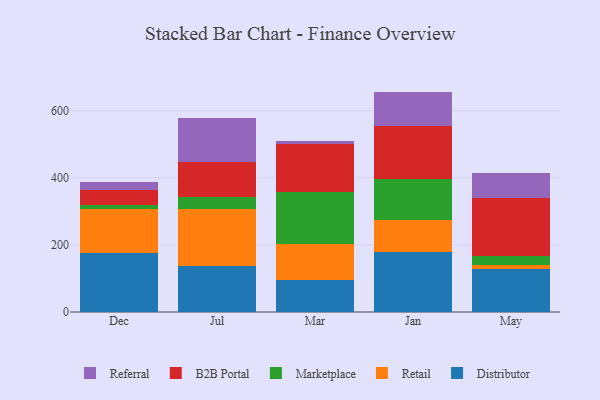
{"axis": {"x": "Month", "y": "Backlog"}, "legend": ["B2B Portal", "Distributor", "Marketplace", "Referral", "Retail"], "data": [{"x": "Dec", "y": 175.5, "type": "Distributor"}, {"x": "Dec", "y": 132.8, "type": "Retail"}, {"x": "Dec", "y": 11.4, "type": "Marketplace"}, {"x": "Dec", "y": 42.5, "type": "B2B Portal"}, {"x": "Dec", "y": 26.2, "type": "Referral"}, {"x": "Jul", "y": 138.4, "type": "Distributor"}, {"x": "Jul", "y": 167.1, "type": "Retail"}, {"x": "Jul", "y": 38.7, "type": "Marketplace"}, {"x": "Jul", "y": 101.6, "type": "B2B Portal"}, {"x": "Jul", "y": 132.7, "type": "Referral"}, {"x": "Mar", "y": 96.6, "type": "Distributor"}, {"x": "Mar", "y": 105.2, "type": "Retail"}, {"x": "Mar", "y": 157.1, "type": "Marketplace"}, {"x": "Mar", "y": 140.4, "type": "B2B Portal"}, {"x": "Mar", "y": 10.6, "type": "Referral"}, {"x": "Jan", "y": 178.1, "type": "Distributor"}, {"x": "Jan", "y": 96.4, "type": "Retail"}, {"x": "Jan", "y": 120.9, "type": "Marketplace"}, {"x": "Jan", "y": 159.6, "type": "B2B Portal"}, {"x": "Jan", "y": 101.8, "type": "Referral"}, {"x": "May", "y": 126.9, "type": "Distributor"}, {"x": "May", "y": 13.4, "type": "Retail"}, {"x": "May", "y": 27.7, "type": "Marketplace"}, {"x": "May", "y": 170.8, "type": "B2B Portal"}, {"x": "May", "y": 75.0, "type": "Referral"}]}